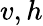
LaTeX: v,h